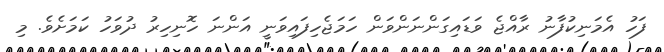
ފަހު އެމަނިކުފާނު ރާއްޖެ ވަޑައިގަންނަންވަން ހަމަޖެހިފައިވަނީ އަންނަ ހޮނިހިރު ދުވަހު ކަމަށެވެ. މި